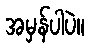
အမှန်ပါပဲ။